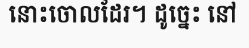
នោះចោលដែរ។ ដូច្នេះ នៅ